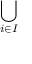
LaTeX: \bigcup _ { i \in I }